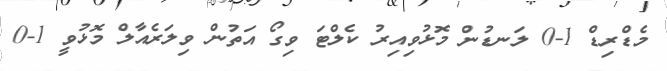
މެޑްރިޑް 1-0 ލަނޑުން މޮޅުވިއިރު ކެލްޓަ ވިގޯ އަތުން ވިލަރެއާލް މޮޅުވީ 1-0